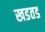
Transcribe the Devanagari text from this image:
खडतड